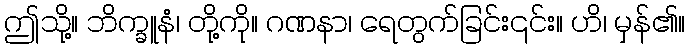
ဤသို့။ ဘိက္ခူနံ၊ တို့ကို။ ဂဏနာ၊ ရေတွက်ခြင်း၎င်း။ ဟိ၊ မှန်၏။